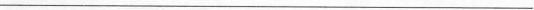
___